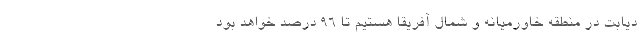
دیابت در منطقه خاورمیانه و شمال آفریقا هستیم تا ۹۶ درصد خواهد بود